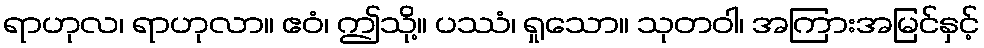
ရာဟုလ၊ ရာဟုလာ။ ဧဝံ၊ ဤသို့။ ပဿံ၊ ရှုသော။ သုတဝါ၊ အကြားအမြင်နှင့်